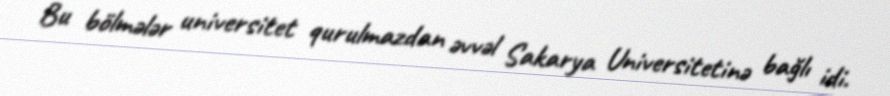
Bu bölmələr universitet qurulmazdan əvvəl Sakarya Universitetinə bağlı idi.